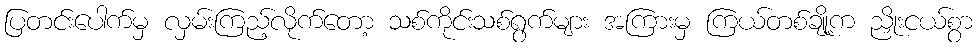
ပြတင်းပေါက်မှ လှမ်းကြည့်လိုက်တော့ သစ်ကိုင်းသစ်ရွက်များ အကြားမှ ကြယ်တစ်ချို့က ညှိုးငယ်စွာ